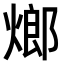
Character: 𤍎